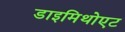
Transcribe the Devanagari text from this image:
डाइमिथोएट